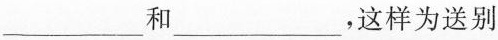
___和___，这样为送别